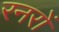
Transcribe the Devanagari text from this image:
रनरों